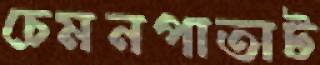
চেমনপাতাট